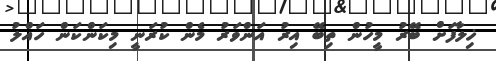
ޚިލާފަށް ބޭރު މީހުން ތިބޭ އިރު އަންވަރު މެން ކުރަނީ މިކަންކަން ހައްލު